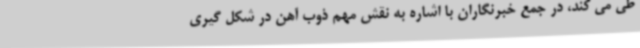
طی می کند، در جمع خبرنگاران با اشاره به نقش مهم ذوب آهن در شکل گیری